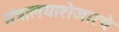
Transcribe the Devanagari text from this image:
मंत्रालयाशेजारचे